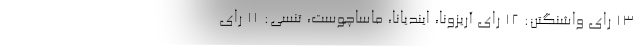
۱۳ رای واشنگتن: ۱۲ رای آریزونا، ایندیانا، ماساچوست، تنسی: ۱۱ رای